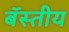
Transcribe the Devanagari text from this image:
बॅस्तीय